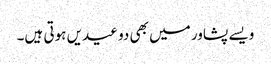
ویسے پشاور میں بھی دو عیدیں ہوتی ہیں۔